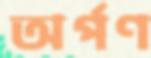
অর্পণ